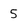
Character: 5